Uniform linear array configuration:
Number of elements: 64
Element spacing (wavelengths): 0.75
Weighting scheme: blackman
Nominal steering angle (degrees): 45
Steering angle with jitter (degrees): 44.306
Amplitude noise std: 0.05
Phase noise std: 0.05

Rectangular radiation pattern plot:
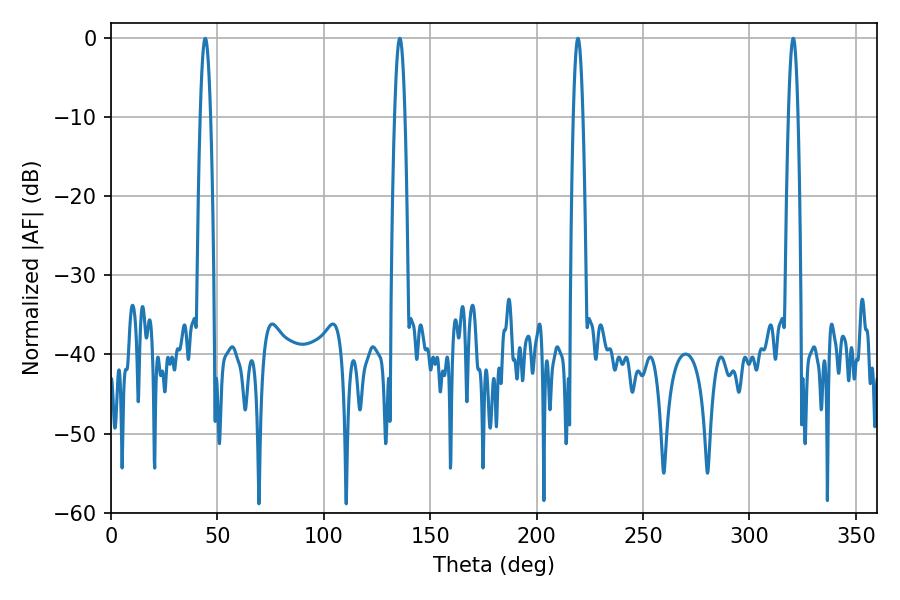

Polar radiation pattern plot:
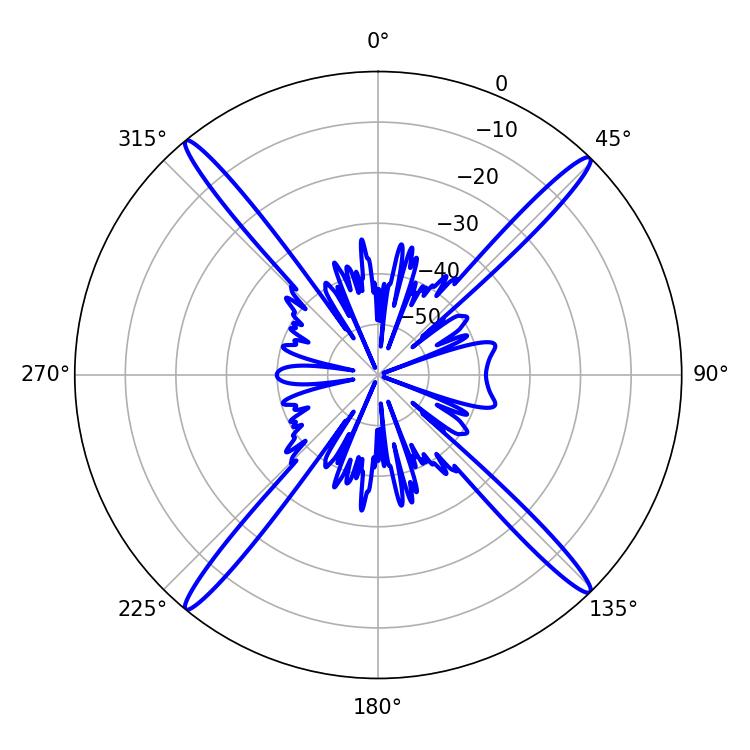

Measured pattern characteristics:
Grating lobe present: TRUE
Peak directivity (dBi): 22.486
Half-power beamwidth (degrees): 2.52
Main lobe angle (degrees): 219.42